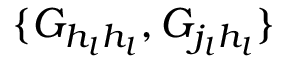
\{ G _ { h _ { l } h _ { l } } , G _ { j _ { l } h _ { l } } \}